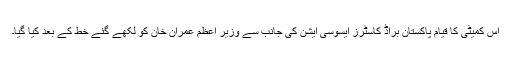
اس کمیٹی کا قیام پاکستان براڈ کاسٹرز ایسوسی ایشن کی جانب سے وزیر اعظم عمران خان کو لکھے گئے خط کے بعد کیا گیا۔